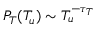
P _ { T } ( T _ { u } ) \sim T _ { u } ^ { - \tau _ { T } }